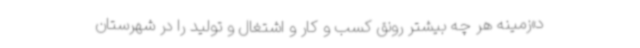
د»زمینه هر چه بیشتر رونق کسب و کار و اشتغال و تولید را در شهرستان